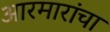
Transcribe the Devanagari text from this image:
आरमारांचा